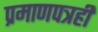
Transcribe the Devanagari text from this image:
प्रमाणपत्रही